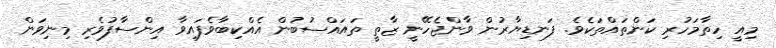
މިއީ ހިތާމަހުރި ކަންތައްތަކެވެ. ފަނޑިޔާރުން ވާންޖެހޭނީ ޒާތީ ތައައްސުބުން އެއްކިބާވެފައިވާ އިންސާފުވެރި މިނިވަން